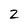
Character: 2